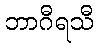
ဘာဂီရသီ